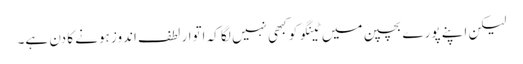
لیکن اپنے پورے بچپن میں ٹینگو کو کبھی نہیں لگا کہ اتوار لطف اندوز ہونے کا دن ہے۔